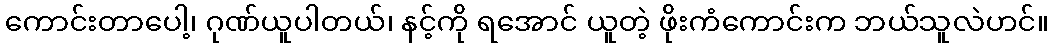
ကောင်းတာပေါ့၊ ဂုဏ်ယူပါတယ်၊ နင့်ကို ရအောင် ယူတဲ့ ဖိုးကံကောင်းက ဘယ်သူလဲဟင်။